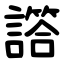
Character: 譗